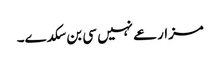
مزارعے نہیں سی بن سکدے۔